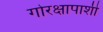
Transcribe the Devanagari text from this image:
गोरक्षापाशी